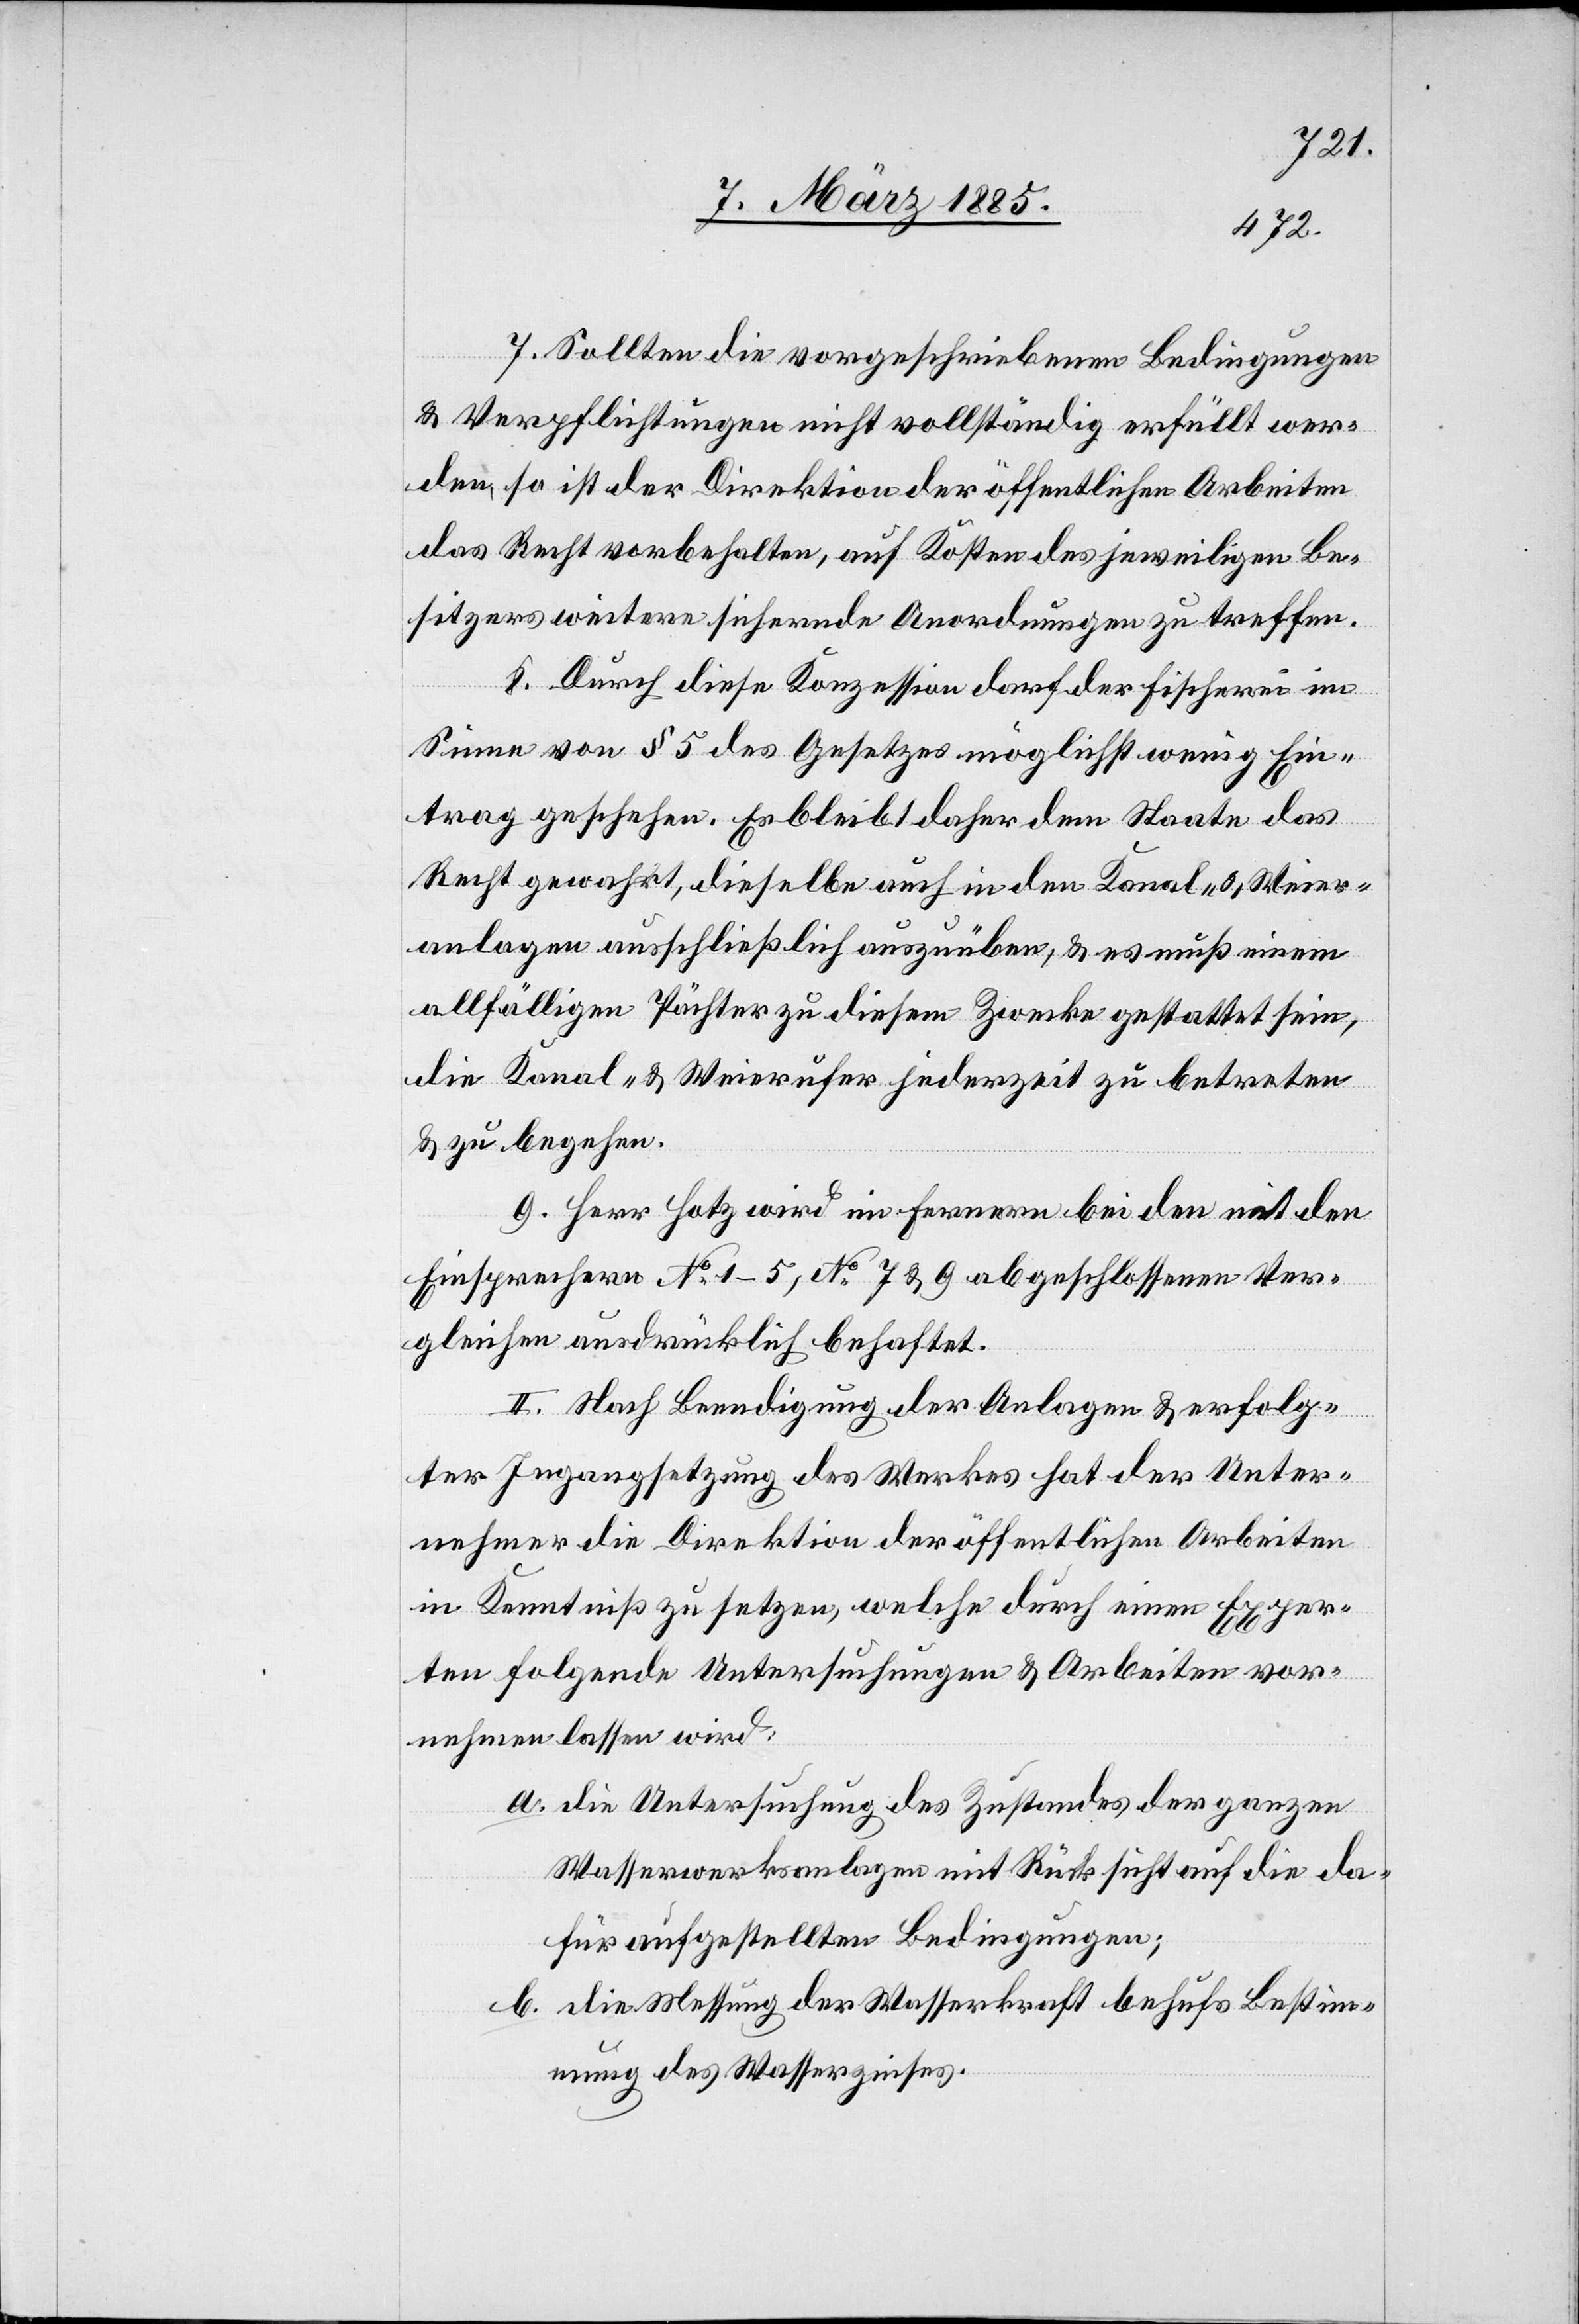
7. Sollten die vorgeschriebenen Bedingungen
& Verpflichtungen nicht vollständig erfüllt wer¬
den, so ist der Direktion der öffentlichen Arbeiten
das Recht vorbehalten, auf Kosten des jeweiligen Be¬
sitzers weitere sichernde Anordnungen zu treffen.
8. Durch diese Konzession darf der Fischerei im
Sinne von § 5 des Gesetzes möglichst wenig Ein¬
trag geschehen. Es bleibt daher dem Staate das
Recht gewahrt, dieselbe auch in den Kanal- & Weier¬
anlagen ausschließlich auszuüben, & es muß einem
allfälligen Pächter zu diesem Zwecke gestattet sein,
die Kanal- & Weierufer jederzeit zu betreten
& zu begehen.
9. Herr Hotz wird im Fernern bei den mit den
Einsprechern No 1–5, No 7 & 9 abgeschlossenen Ver¬
gleichen ausdrücklich behaftet.
II. Nach Beendigung der Anlage & erfolg¬
ter Ingangsetzung des Werkes hat der Unter¬
nehmer die Direktion der öffentlichen Arbeiten
in Kenntniß zu setzen, welche durch einen Exper¬
ten folgende Untersuchungen & Arbeiten vor¬
nehmen lassen wird:
a. die Untersuchung des Zustandes der ganzen
Wasserwerksanlagen mit Rücksicht auf die da¬
für aufgestellten Bedingungen;
b. die Messung der Wasserkraft behufs Bestimm¬
ung des Wasserzinses.